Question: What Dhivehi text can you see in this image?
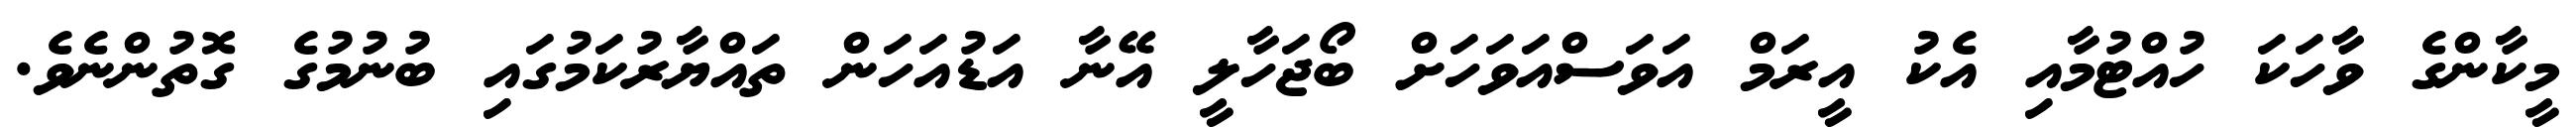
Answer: މީކާންގެ ވާހަކަ ހުއްޓުމާއި އެކު އީރަމް އަވަސްއަވަހަށް ބޯޖަހާލީ އޭނާ އަޑުއަހަން ތައްޔާރުކަމުގައި ބުނުމުގެ ގޮތުންނެވެ.